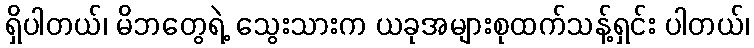
ရှိပါတယ်၊ မိဘတွေရဲ့ သွေးသားက ယခုအများစုထက်သန့်ရှင်း ပါတယ်၊